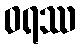
ဝရဿ